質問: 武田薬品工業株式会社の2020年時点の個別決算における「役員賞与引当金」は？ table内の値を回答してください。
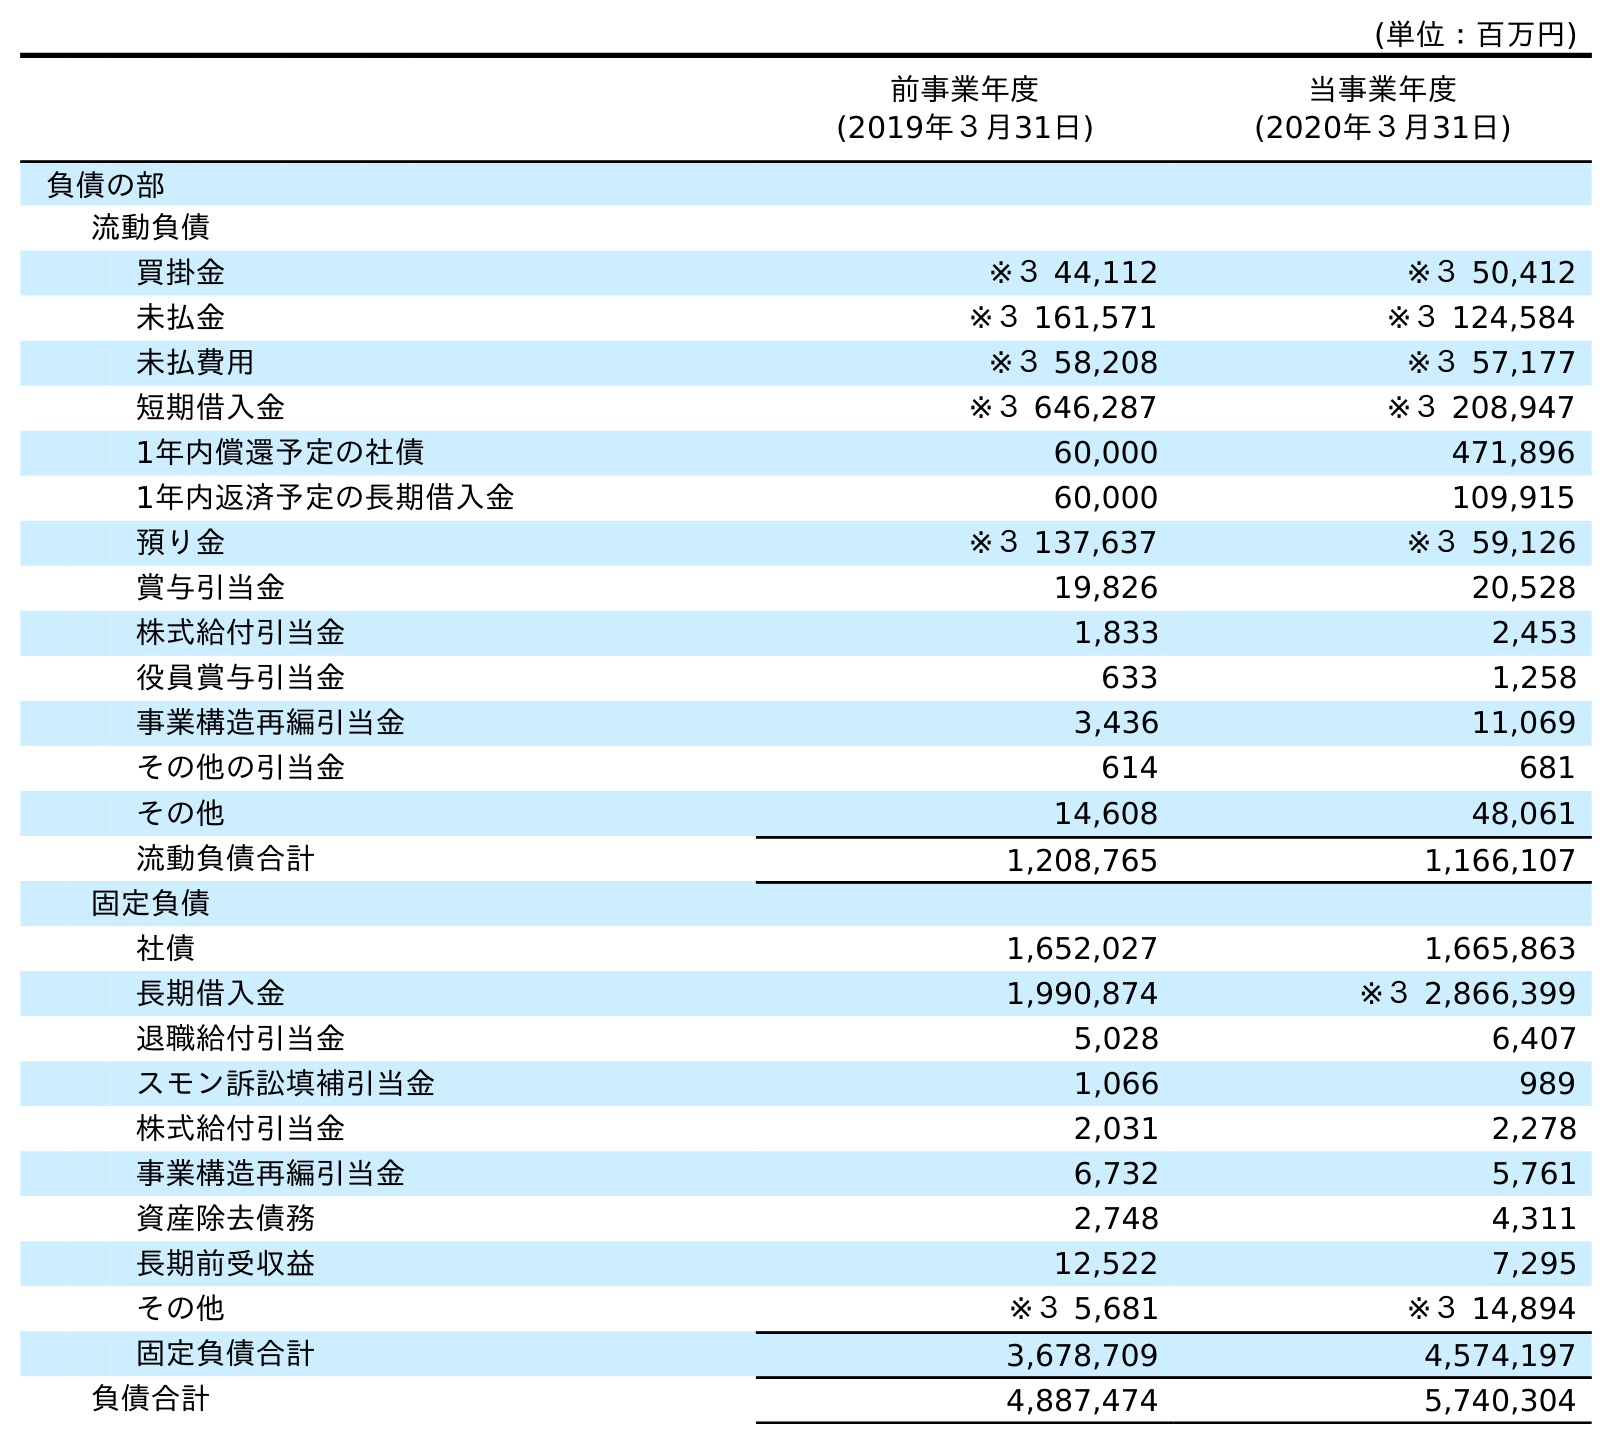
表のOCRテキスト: (単位：百万円) 前事業年度 (2019年３月31日) 当事業年度 (2020年３月31日) 負債の部 流動負債 買掛金 ※３ 44,112 ※３ 50,412 未払金 ※３ 161,571 ※３ 124,584 未払費用 ※３ 58,208 ※３ 57,177 短期借入金 ※３ 646,287 ※３ 208,947 1年内償還予定の社債 60,000 471,896 1年内返済予定の長期借入金 60,000 109,915 預り金 ※３ 137,637 ※３ 59,126 賞与引当金 19,826 20,528 株式給付引当金 1,833 2,453 役員賞与引当金 633 1,258 事業構造再編引当金 3,436 11,069 その他の引当金 614 681 その他 14,608 48,061 流動負債合計 1,208,765 1,166,107 固定負債 社債 1,652,027 1,665,863 長期借入金 1,990,874 ※３ 2,866,399 退職給付引当金 5,028 6,407 スモン訴訟填補引当金 1,066 989 株式給付引当金 2,031 2,278 事業構造再編引当金 6,732 5,761 資産除去債務 2,748 4,311 長期前受収益 12,522 7,295 その他 ※３ 5,681 ※３ 14,894 固定負債合計 3,678,709 4,574,197 負債合計 4,887,474 5,740,304
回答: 1,258